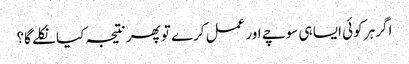
اگر ہر کوئی ایسا ہی سوچے اور عمل کرے تو پھر نتیجہ کیا نکلے گا؟